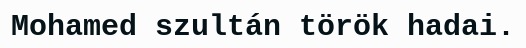
Mohamed szultán török hadai.